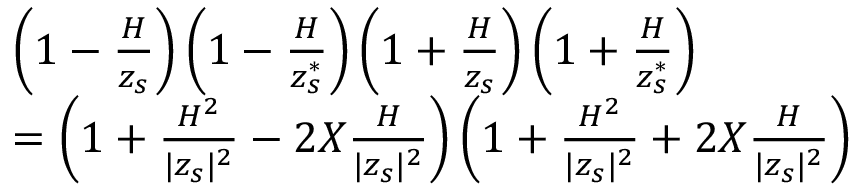
\begin{array} { l } { \left( 1 - \frac { { \cal H } } { z _ { s } } \right) \left( 1 - \frac { { \cal H } } { z _ { s } ^ { * } } \right) \left( 1 + \frac { { \cal H } } { z _ { s } } \right) \left( 1 + \frac { { \cal H } } { z _ { s } ^ { * } } \right) } \\ { = \left( 1 + \frac { { \cal H } ^ { 2 } } { | z _ { s } | ^ { 2 } } - 2 X \frac { { \cal H } } { | z _ { s } | ^ { 2 } } \right) \left( 1 + \frac { { \cal H } ^ { 2 } } { | z _ { s } | ^ { 2 } } + 2 X \frac { { \cal H } } { | z _ { s } | ^ { 2 } } \right) } \end{array}